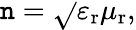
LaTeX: \mathtt{n}={\sqrt{}{{\varepsilon_{\mathrm{{r}}}\mu_{\mathrm{{r}}}}}},